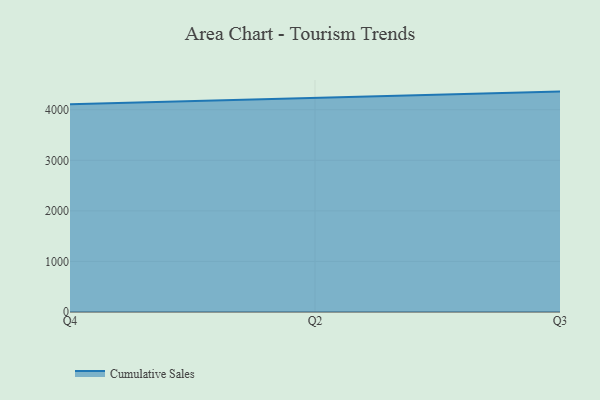
{"axis": {"x": "Quarter", "y": "Energy Usage (MWh)"}, "legend": ["Cumulative Sales"], "data": [{"x": "Q4", "y": 4110.4, "type": "Cumulative Sales"}, {"x": "Q2", "y": 4239.2, "type": "Cumulative Sales"}, {"x": "Q3", "y": 4358.8, "type": "Cumulative Sales"}]}